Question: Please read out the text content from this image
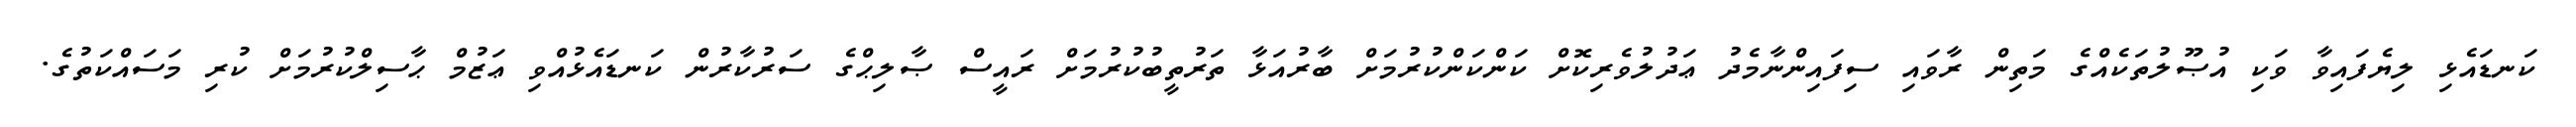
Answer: ކަނޑައެޅި ލިޔެފައިވާ ވަކި އުޞޫލުތަކެއްގެ މަތިން ރާވައި ސިފައިންނާމެދު ޢަދުލުވެރިކޮށް ކަންކަންކުރުމަށް ބާރުއަޅާ ތަރުތީބުކުރުމަށް ރައީސް ޞާލިޙްގެ ސަރުކާރުން ކަނޑައެޅުއްވި ޢަޒުމް ޙާސިލްކުރުމަށް ކުރި މަސައްކަތުގެ.